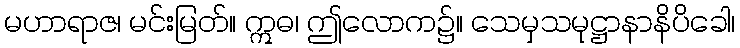
မဟာရာဇ၊ မင်းမြတ်။ ဣဓ၊ ဤလောက၌။ သေမှသမုဋ္ဌာနာနိပိခေါ၊